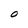
Character: O